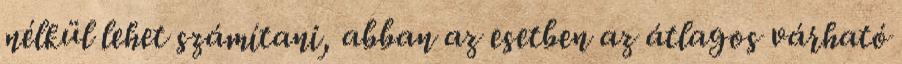
nélkül lehet számítani, abban az esetben az átlagos várható